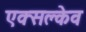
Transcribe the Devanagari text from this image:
एक्सक्लेव